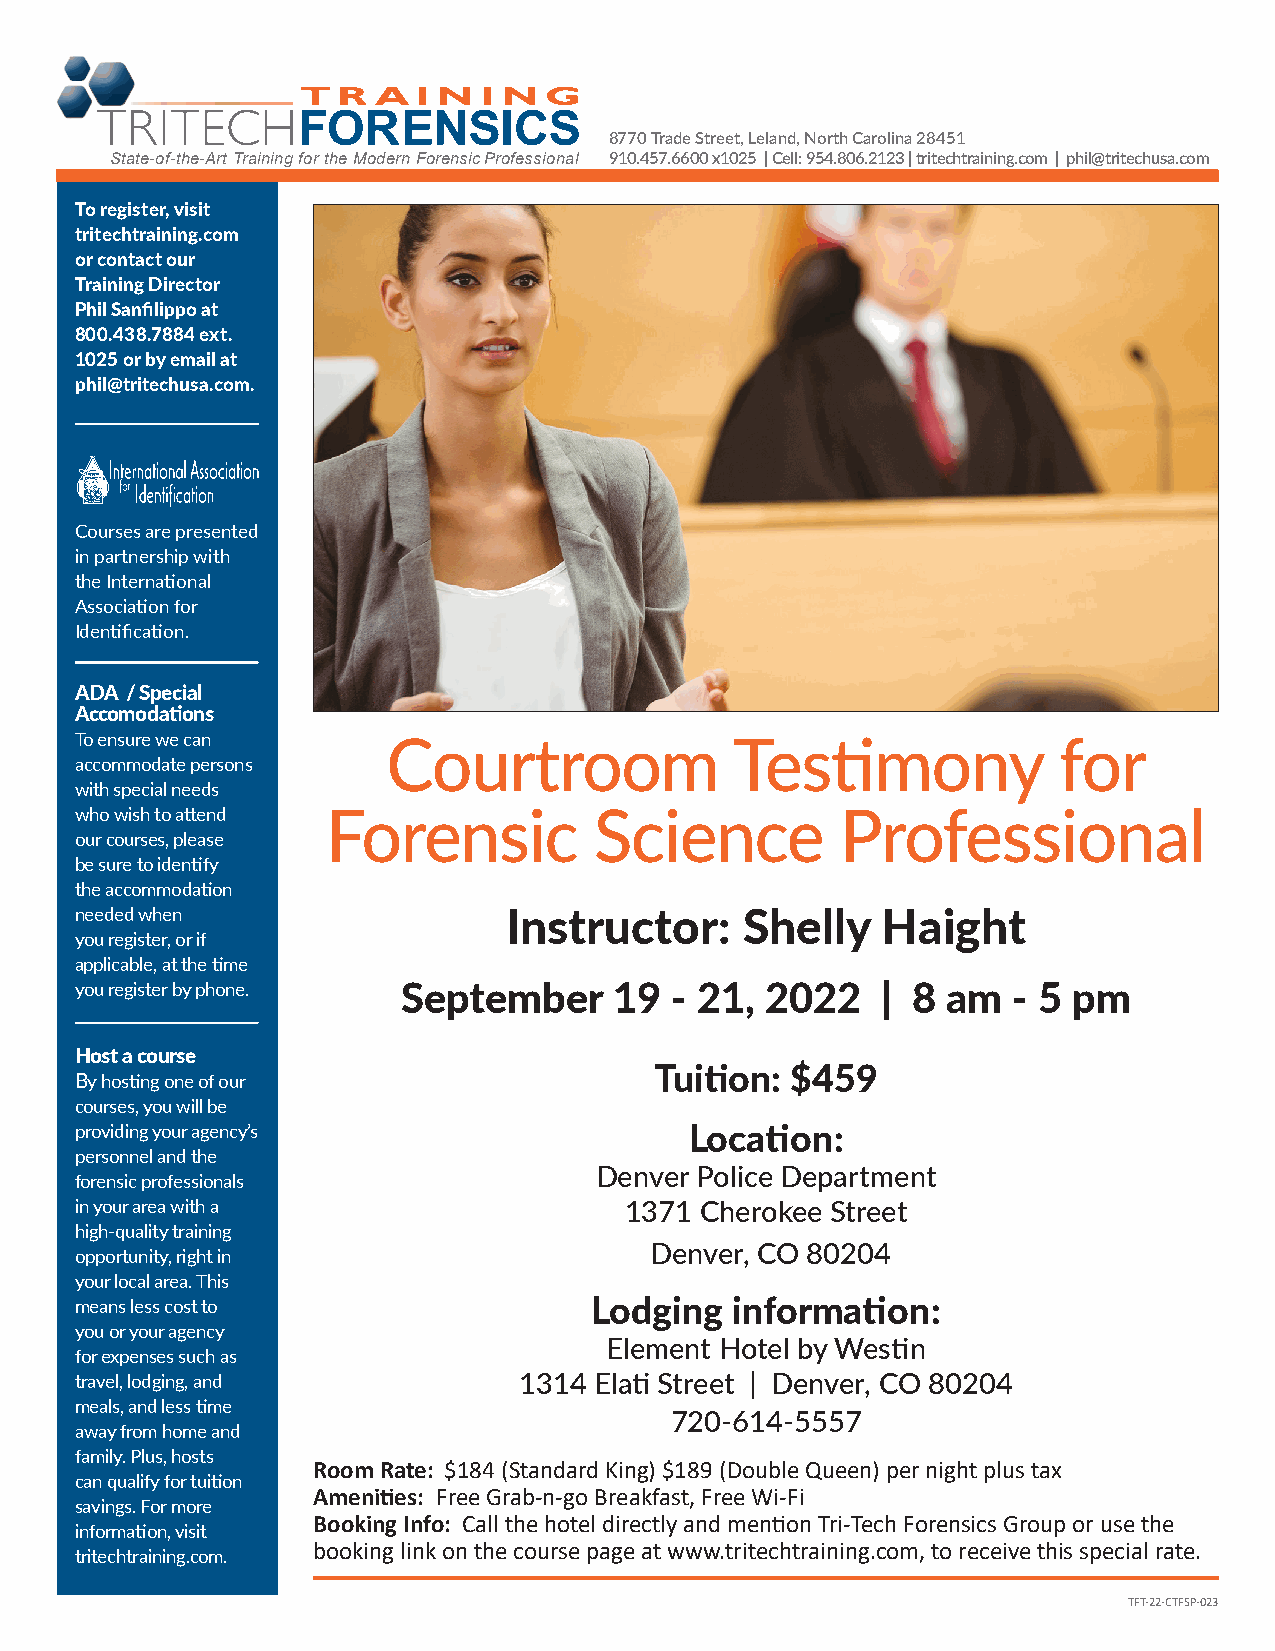
8770 Trade Street, Leland, North Carolina 28451
 State-of-the-Art Training for the Modern Forensic Professional 910.457.6600 x1025 | Cell: 954.806.2123 | tritechtraining.com | phil@tritechusa.com
 To register, visit
 tritechtraining.com
 or contact our
 Training Director
 Phil Sanfilippo at
 800.438.7884 ext.
 1025 or by email at
 phil@tritechusa.com.
 Courses are presented
 in partnership with
 the International
 Association for
 Identification.
 ADA / Special
 Accomodations
 To ensure we can     Courtroom              Testimony            for
 accommodate persons
 with special needs
 who wish to attend Forensic       Science          Professional
 our courses, please
 be sure to identify
 the accommodation
 needed when                  Instructor:    Shelly   Haight
 you register, or if
 applicable, at the time
 you register by phone. September    19 - 21,  2022   | 8  am  - 5 pm
 Host a course
 Tuition: $459
 By hosting one of our
 courses, you will be
 providing your agency’s                  Location:
 personnel and the
 Denver Police Department
 forensic professionals
 in your area with a                 1371 Cherokee Street
 high-quality training
 Denver, CO 80204
 opportunity, right in
 your local area. This
 means less cost to                Lodging   information:
 you or your agency
 Element Hotel by Westin
 for expenses such as
 travel, lodging, and         1314 Elati Street | Denver, CO 80204
 meals, and less time
 720-614-5557
 away from home and
 family. Plus, hosts
 Room Rate: $184 (Standard King) $189 (Double Queen) per night plus tax
 can qualify for tuition
 Amenities: Free Grab-n-go Breakfast, Free Wi-Fi
 savings. For more
 Booking Info: Call the hotel directly and mention Tri-Tech Forensics Group or use the
 information, visit
 booking link on the course page at www.tritechtraining.com, to receive this special rate.
 tritechtraining.com.
 TFT-22-CTFSP-023